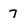
Character: 7